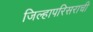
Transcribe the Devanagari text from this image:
जिल्हापरिसराची